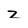
Character: z